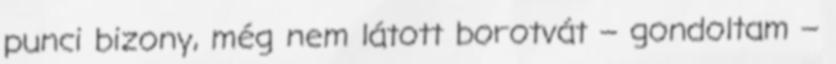
punci bizony, még nem látott borotvát – gondoltam –